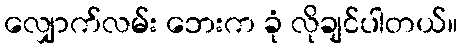
လျှောက်လမ်း ဘေးက ခုံ လိုချင်ပါတယ်။